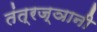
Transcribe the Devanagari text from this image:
तंत्रज्ञानी